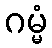
ဂမ္မံ